Scottish Leaving Certificate Examination, 1958
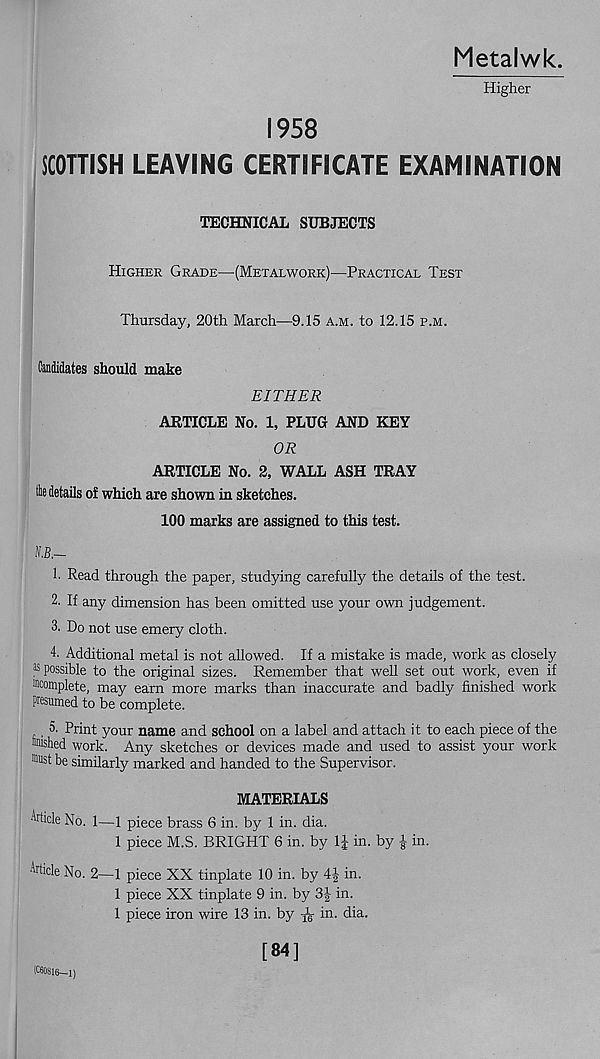
Metalwk.
Higher
1958
SCOTTISH LEAVING CERTIFICATE EXAMINATION
TECHNICAL SUBJECTS
Higher Grade—(Metalwork)—Practical Test
Thursday, 20th March—9.15 a.m. to 12.15 p.m.
Candidates should make
EITHER
ARTICLE No. 1, PLUG AND KEY
OR
ARTICLE No. 2, WALL ASH TRAY
fe details of which are shown in sketches.
100 marks are assigned to this test.
1. Read through the paper, studying carefully the details of the test.
2. If any dimension has been omitted use your own judgement.
3. Do not use emery cloth.
4. Additional metal is not allowed. If a mistake is made, work as closely
j 5 possible to the original sizes. Remember that well set out work, even if
Complete, may earn more marks than inaccurate and badly finished work
presumed to be complete.
. 3. Print your name and school on a label and attach it to each piece of the
taished work. Any sketches or devices made and used to assist your work
■ mist be similarly marked and handed to the Supervisor.
MATERIALS
Article No. 1—1 piece brass 6 in. by 1 in. dia.
1 piece M.S. BRIGHT 6 in. by IJ in. by in.
Article No. 2—1 piece XX tinplate 10 in. by 4| in.
1 piece XX tinplate 9 in. by 3J in.
1 piece iron wire 13 in. by
in. dia.
(C60816—1)
[84]